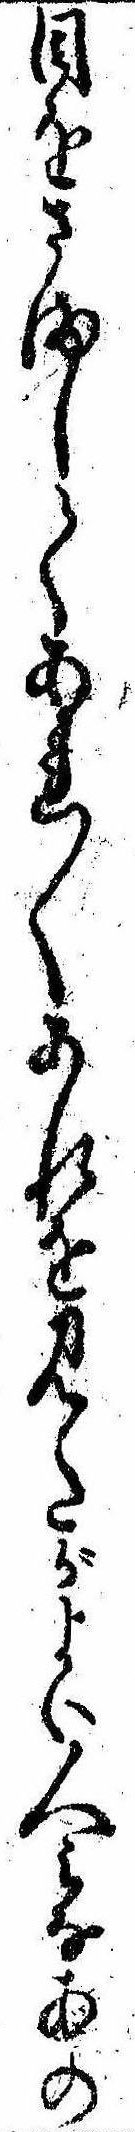
目をさましてあれ〱あれを見たがよい人みなあの